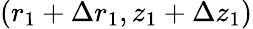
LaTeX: (r_{1}+\Delta r_{1},z_{1}+\Delta z_{1})